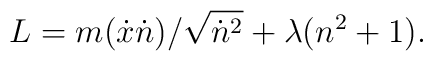
L = m({\dot x}{\dot n})/{\sqrt{{\dot n}^2}}+ \lambda (n^2 + 1).\\